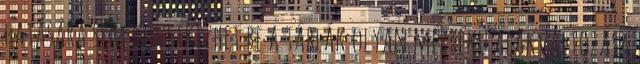
hatására sem következhet be a táblák olyan mértékû alakváltozása